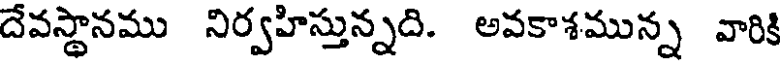
దేవస్థానము నిర్వహిస్తున్నది. అవకాశమున్న వారిక